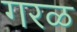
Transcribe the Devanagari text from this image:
गरळ